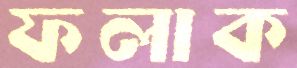
ফলাক